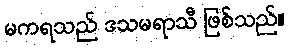
မကရသည် ဒသမရာသီ ဖြစ်သည်။